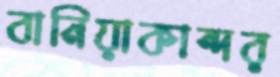
বানিয়াকান্দর